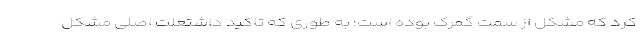
کرد که مشکل از سمت گمرک بوده است؛ به طوری که تاکید داشتعلت اصلی مشکل